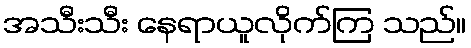
အသီးသီး နေရာယူလိုက်ကြ သည်။